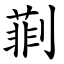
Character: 㔈